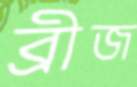
ব্রীজ